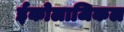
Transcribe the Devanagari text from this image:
ईकोलाजिकल